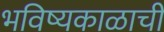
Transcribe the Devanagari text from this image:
भविष्यकाळाची